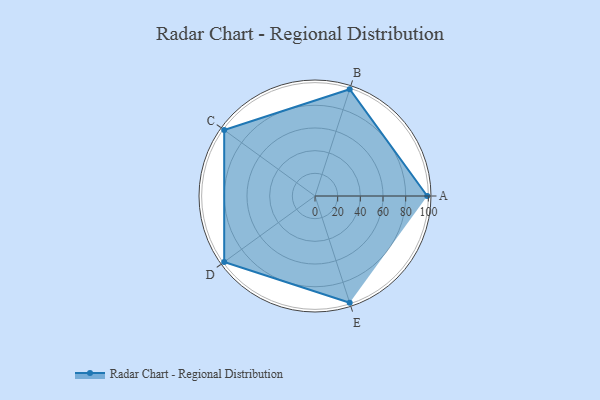
{"axis": {"x": "Skill", "y": "Score"}, "legend": ["Profile"], "data": [{"x": "A", "y": 99, "type": "Profile"}, {"x": "B", "y": 99, "type": "Profile"}, {"x": "C", "y": 99, "type": "Profile"}, {"x": "D", "y": 99, "type": "Profile"}, {"x": "E", "y": 99, "type": "Profile"}]}